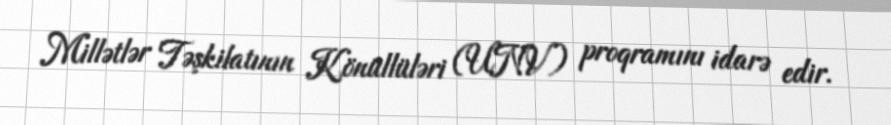
Millətlər Təşkilatının Könüllüləri (UNV) proqramını idarə edir.